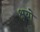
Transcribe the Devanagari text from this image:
क्षयो